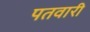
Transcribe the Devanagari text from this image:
पतवारी